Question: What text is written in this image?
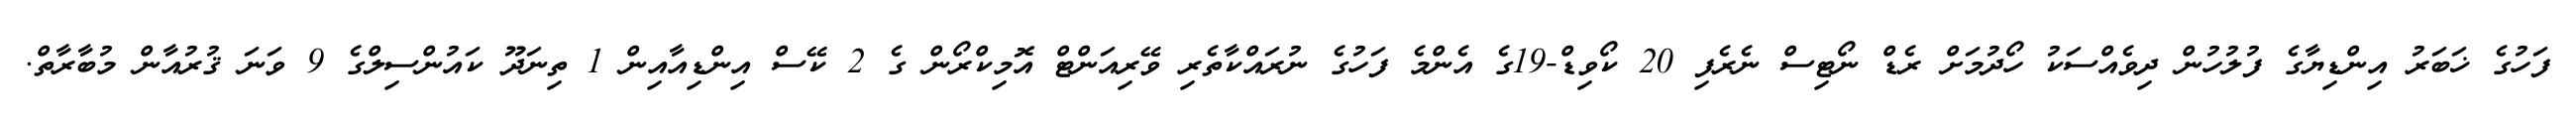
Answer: ފަހުގެ ޚަބަރު އިންޑިޔާގެ ފުލުހުން ދިވެއްސަކު ހޯދުމަށް ރެޑް ނޯޓިސް ނެރެފި 20 ކޯވިޑް-19ގެ އެންމެ ފަހުގެ ނުރައްކާތެރި ވޭރިއަންޓް އޮމިކްރޯން ގެ 2 ކޭސް އިންޑިއާއިން 1 ތިނަދޫ ކައުންސިލްގެ 9 ވަނަ ޤުރުއާން މުބާރާތް.